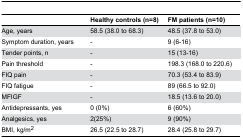
<table><thead><tr><td></td><td><b>Healthy controls (n=8)</b></td><td><b>FM patients (n=10)</b></td></tr></thead><tbody><tr><td>Age, years</td><td>58.5 (38.0 to 68.3)</td><td>48.5 (37.8 to 53.0)</td></tr><tr><td>Symptom duration, years</td><td>-</td><td>9 (6-16)</td></tr><tr><td>Tender points, n</td><td>-</td><td>15 (13-16)</td></tr><tr><td>Pain threshold</td><td>-</td><td>198.3 (168.0 to 220.6)</td></tr><tr><td>FIQ pain</td><td>-</td><td>70.3 (53.4 to 83.9)</td></tr><tr><td>FIQ fatigue</td><td>-</td><td>89 (66.5 to 92.0)</td></tr><tr><td>MFIGF</td><td>-</td><td>18.5 (13.6 to 20.0)</td></tr><tr><td>Antidepressants, yes</td><td>0 (0%)</td><td>6 (60%)</td></tr><tr><td>Analgesics, yes</td><td>2(25%)</td><td>9 (90%)</td></tr><tr><td>BMI, kg/m<sup>2</sup></td><td>26.5 (22.5 to 28.7)</td><td>28.4 (25.8 to 29.7)</td></tr></tbody></table>